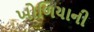
ખોળિયાની